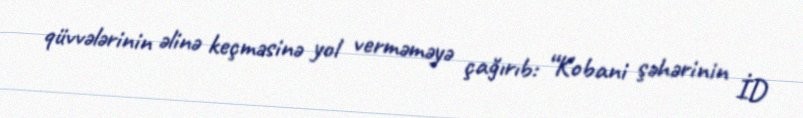
qüvvələrinin əlinə keçməsinə yol verməməyə çağırıb: “Kobani şəhərinin İD